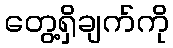
တွေ့ရှိချက်ကို